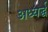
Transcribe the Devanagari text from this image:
अध्यर्द्ध